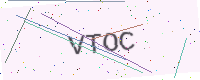
Text: VTOC